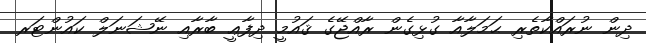
ދިން ނުރައްކާތެރި ޙަމަލާއާ ގުޅިގެން ރާއްޖޭގެ ޤައުމީ ދިފާޢީ ބާރާއި ނޭޝަނަލް ކައުންޓަރ